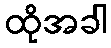
ထိုအခါ